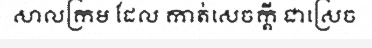
សាលក្រម ដែល កាត់សេចក្តី ជាស្រេច